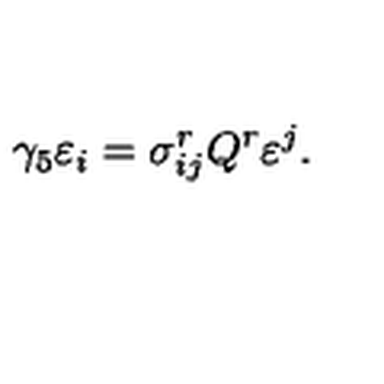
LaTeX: \gamma _ { 5 } \varepsilon _ { i } = \sigma _ { i j } ^ { r } Q ^ { r } \varepsilon ^ { j } .